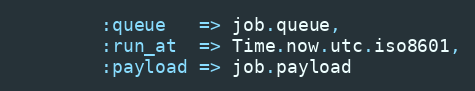
Language: Ruby
        :queue   => job.queue,
        :run_at  => Time.now.utc.iso8601,
        :payload => job.payload